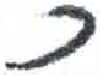
אות: כ